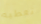
نعطيه